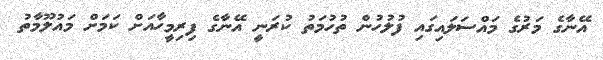
އޭނާގެ މަރުގެ މައްސަލައިގައި ފުލުހުން ތުހުމަތު ކުރަނީ އޭނާގެ ފިރިމީހާއަށް ކަމަށް މައުލޫމާތު